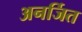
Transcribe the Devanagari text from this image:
अनर्जित